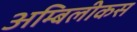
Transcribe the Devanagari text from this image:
अम्बिलीकस